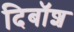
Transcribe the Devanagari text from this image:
दिबॉश